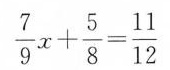
$$\frac { 7 } { 9 } x + \frac { 5 } { 8 } = \frac { 1 1 } { 1 2 }$$